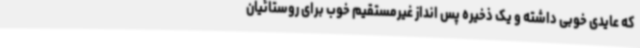
که عایدی خوبی داشته و یک ذخیره پس انداز غیرمستقیم خوب برای روستائیان